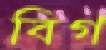
বিগ